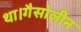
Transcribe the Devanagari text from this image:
था।गैसोलीन